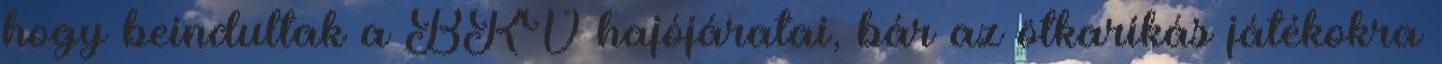
hogy beindultak a BKV hajójáratai, bár az ötkarikás játékokra